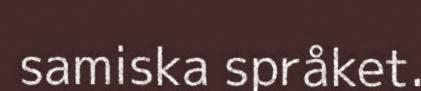
samiska språket.